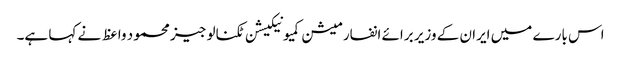
اس بارے میں ایران کے وزیر برائے انفارمیشن کمیونیکیشن ٹکنالوجیز محمود واعظ نے کہا ہے۔